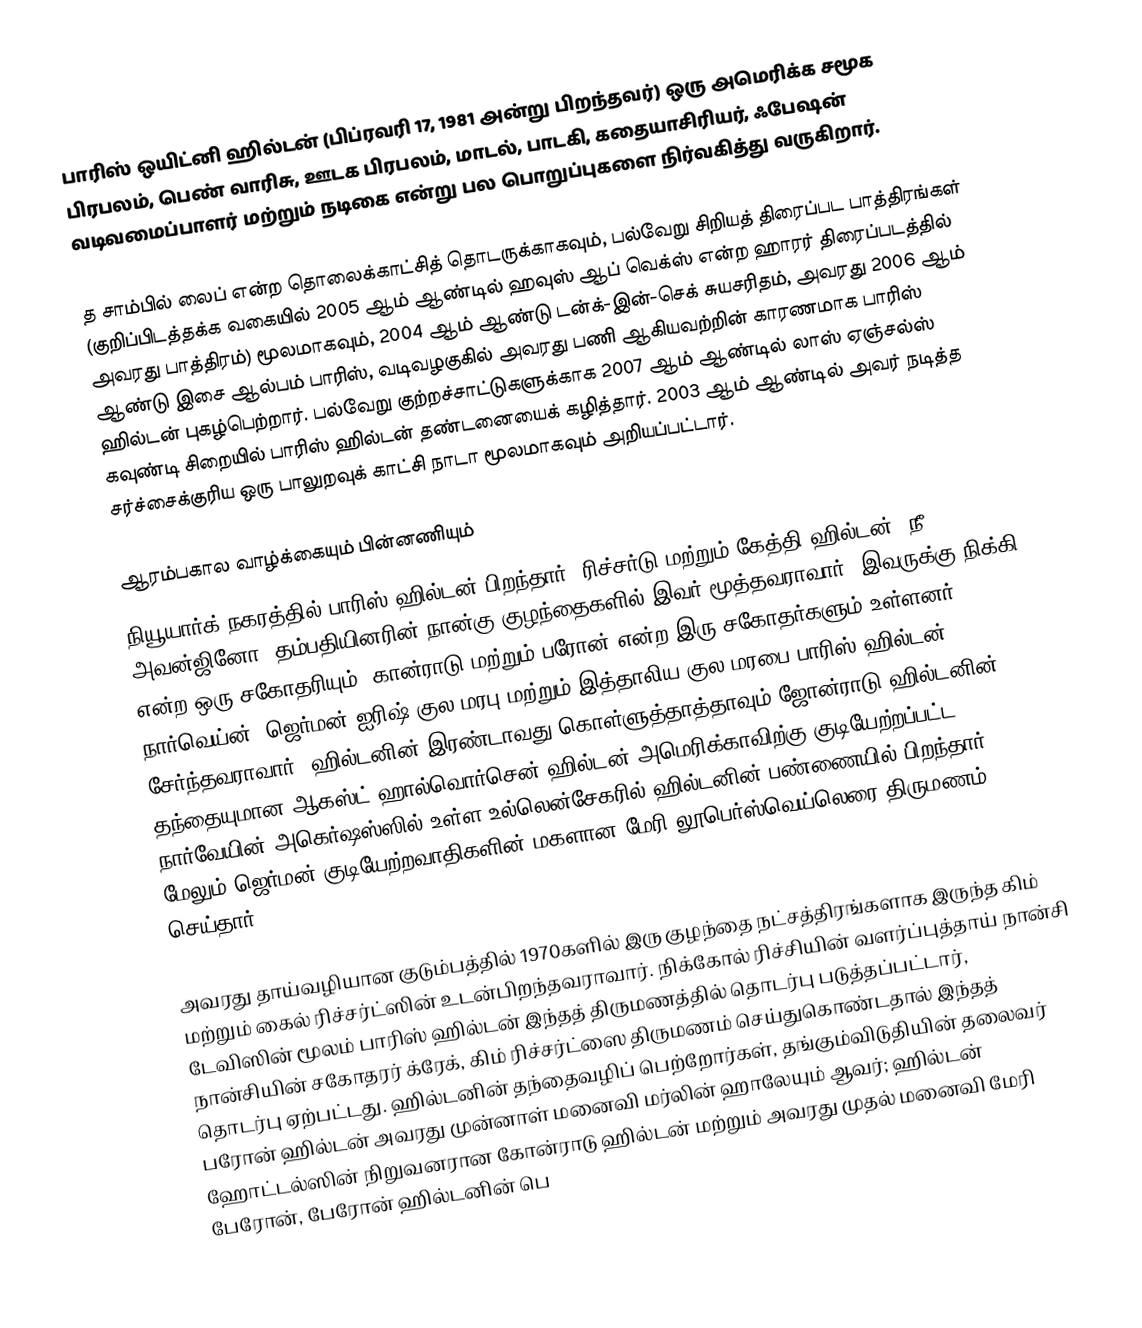
பாரிஸ் ஒயிட்னி ஹில்டன் (பிப்ரவரி 17, 1981 அன்று பிறந்தவர்) ஒரு அமெரிக்க சமூக பிரபலம், பெண் வாரிசு, ஊடக பிரபலம், மாடல், பாடகி, கதையாசிரியர், ஃபேஷன் வடிவமைப்பாளர் மற்றும் நடிகை என்று பல பொறுப்புகளை நிர்வகித்து வருகிறார்.

த சாம்பில் லைப் என்ற தொலைக்காட்சித் தொடருக்காகவும், பல்வேறு சிறியத் திரைப்பட பாத்திரங்கள் (குறிப்பிடத்தக்க வகையில் 2005 ஆம் ஆண்டில் ஹவுஸ் ஆப் வெக்ஸ் என்ற ஹாரர் திரைப்படத்தில் அவரது பாத்திரம்) மூலமாகவும், 2004 ஆம் ஆண்டு டன்க்-இன்-செக் சுயசரிதம், அவரது 2006 ஆம் ஆண்டு இசை ஆல்பம் பாரிஸ், வடிவழகுகில் அவரது பணி ஆகியவற்றின் காரணமாக பாரிஸ் ஹில்டன் புகழ்பெற்றார். பல்வேறு குற்றச்சாட்டுகளுக்காக 2007 ஆம் ஆண்டில் லாஸ் ஏஞ்சல்ஸ் கவுண்டி சிறையில் பாரிஸ் ஹில்டன் தண்டனையைக் கழித்தார். 2003 ஆம் ஆண்டில் அவர் நடித்த சர்ச்சைக்குரிய ஒரு பாலுறவுக் காட்சி நாடா மூலமாகவும் அறியப்பட்டார்.

ஆரம்பகால வாழ்க்கையும் பின்னணியும்
நியூயார்க் நகரத்தில் பாரிஸ் ஹில்டன் பிறந்தார். ரிச்சர்டு மற்றும் கேத்தி ஹில்டன் (நீ அவன்ஜினோ) தம்பதியினரின் நான்கு குழந்தைகளில் இவர் மூத்தவராவார். இவருக்கு நிக்கி என்ற ஒரு சகோதரியும், கான்ராடு மற்றும் பரோன் என்ற இரு சகோதர்களும் உள்ளனர். நார்வெய்ன், ஜெர்மன் ஐரிஷ் குல மரபு மற்றும் இத்தாலிய குல மரபை பாரிஸ் ஹில்டன் சேர்ந்தவராவார். ஹில்டனின் இரண்டாவது கொள்ளுத்தாத்தாவும் ஜோன்ராடு ஹில்டனின் தந்தையுமான ஆகஸ்ட் ஹால்வொர்சென் ஹில்டன் அமெரிக்காவிற்கு குடியேற்றப்பட்ட நார்வேயின் அகெர்ஷஸ்ஸில் உள்ள உல்லென்சேகரில் ஹில்டனின் பண்ணையில் பிறந்தார். மேலும் ஜெர்மன் குடியேற்றவாதிகளின் மகளான மேரி லூபெர்ஸ்வெய்லெரை திருமணம் செய்தார்.

அவரது தாய்வழியான குடும்பத்தில் 1970களில் இரு குழந்தை நட்சத்திரங்களாக இருந்த கிம் மற்றும் கைல் ரிச்சர்ட்ஸின் உடன்பிறந்தவராவார். நிக்கோல் ரிச்சியின் வளர்ப்புத்தாய் நான்சி டேவிஸின் மூலம் பாரிஸ் ஹில்டன் இந்தத் திருமணத்தில் தொடர்பு படுத்தப்பட்டார், நான்சியின் சகோதரர் க்ரேக், கிம் ரிச்சர்ட்ஸை திருமணம் செய்துகொண்டதால் இந்தத் தொடர்பு ஏற்பட்டது. ஹில்டனின் தந்தைவழிப் பெற்றோர்கள், தங்கும்விடுதியின் தலைவர் பரோன் ஹில்டன் அவரது முன்னாள் மனைவி மர்லின் ஹாலேயும் ஆவர்; ஹில்டன் ஹோட்டல்ஸின் நிறுவனரான கோன்ராடு ஹில்டன் மற்றும் அவரது முதல் மனைவி மேரி பேரோன், பேரோன் ஹில்டனின் பெ